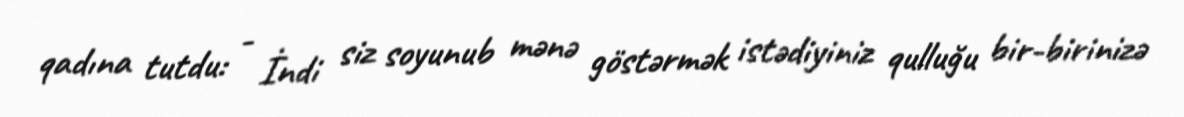
qadına tutdu: - İndi siz soyunub mənə göstərmək istədiyiniz qulluğu bir-birinizə